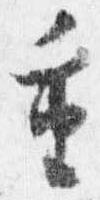
重